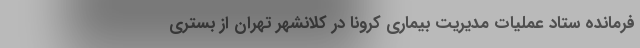
فرمانده ستاد عملیات مدیریت بیماری کرونا در کلانشهر تهران از بستری